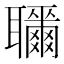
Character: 𦘎